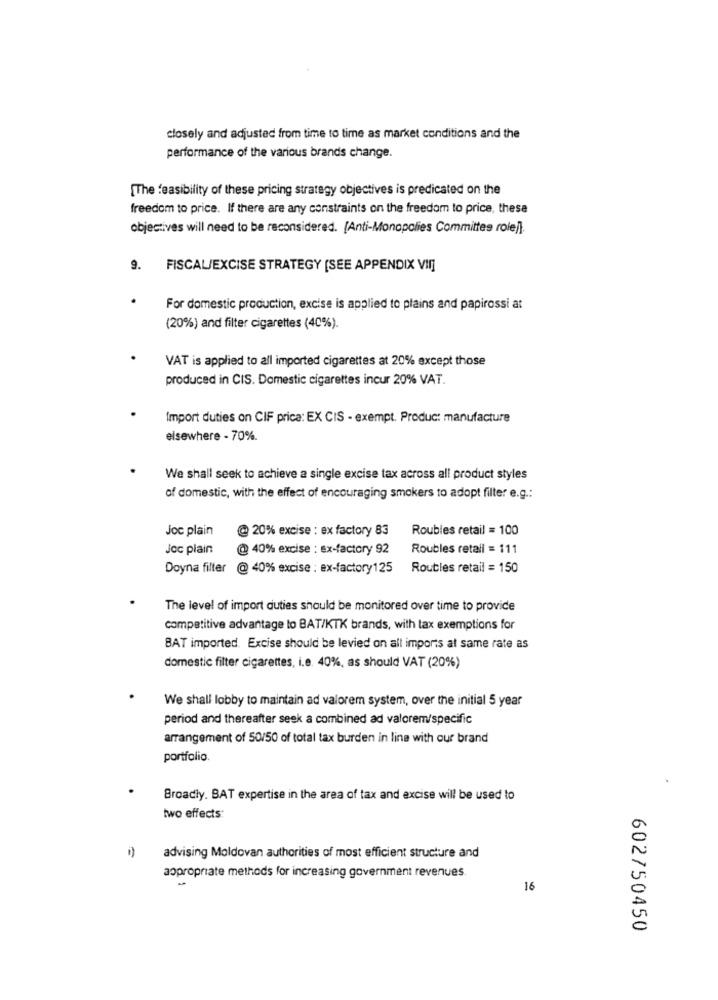
closely and adjusted from time to time as market conditions and the
performance of the various brands change.
[The feasibility of these pricing strategy objectives is predicated on the
freedom to price. If there are any constraints on the freedom to price, these
objectives will need to be reconsidered. [Anti-Monopolies Committee role]).
9.
FISCAL/EXCISE STRATEGY [SEE APPENDIX VII]
For domestic production, excise is applied to plains and papirossi at
(20%) and filter cigarettes (40%).
VAT is applied to all imported cigarettes at 20% except those
produced in CIS. Domestic cigarettes incur 20% VAT.
Import duties on CIF prica: EX CIS - exempt. Produc: manufacture
elsewhere - 70%.
We shall seek to achieve a single excise tax across all product styles
of domestic, with the effect of encouraging smokers to adopt filter e.g .:
Joc plain
@ 20% excise : ex factory 83
Roubles retail = 100
Joc plain
@ 40% excise : ex-factory 92
Roubles retali = 111
Doyna filter @ 40% excise : ex-factory125
Roubles retail = 150
The level of import duties should be monitored over time to provide
competitive advantage to BAT/KTK brands, with tax exemptions for
BAT imported. Excise should be levied on all imports at same rate as
domestic filter cigarettes, i.e. 40%, as should VAT (20%)
We shall lobby to maintain ad valorem system, over the initial 5 year
period and thereafter seek a combined ad valorem/specific
arrangement of 50/50 of total tax burden in line with our brand
portfolio.
Broadly. BAT expertise in the area of tax and excise will be used to
two effects:
advising Moldovan authorities of most efficient structure and
appropriate methods for increasing government revenues.
16
602750450